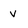
Character: v